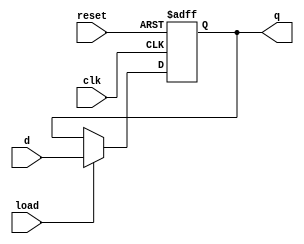
`timescale 1ns / 1ps
//****************************************************************// 
//                                                                // 
//  Created by       Thomas Nguyen on 1/29/19.                    // 
//  Copyright c 2019 Thomas Nguyen. All rights reserved.          // 
//                                                                // 
//                                                                // 
//  In submitting this file for class work at CSULB               // 
//  I am confirming that this is my work and the work             // 
//  of no one else. In submitting this code I acknowledge that    // 
//  plagiarism in student project work is subject to dismissal.   //  
//  from the class                                                // 
//****************************************************************// 
module reg16_ld(clk, reset, load, d, q);
input             clk, reset, load;
input      [15:0] d;
output reg [15:0] q;

always @(posedge clk, posedge reset)
   if(reset)
      q <= 15'h0;
   else if(load)
         q <= d;
      else
         q <= q;
         
endmodule